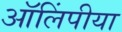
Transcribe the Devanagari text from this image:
ऑलिंपीया